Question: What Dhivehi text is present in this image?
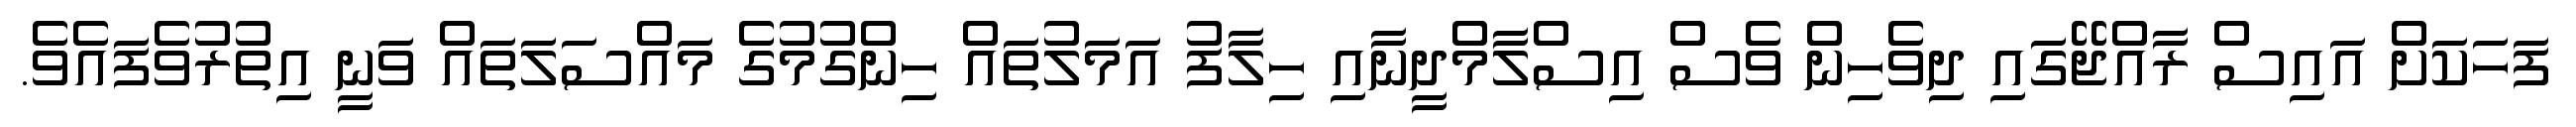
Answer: ފަހަކަށް އައިސް ރާއްޖޭގައި ދިވެހިން ވެސް އިސްލާމްދީނާއި ހިލާފު އަމަލުތައް ހިންގުމުގެ މައްސަލަތައް ވަނީ އިތުރުވެފައެވެ.